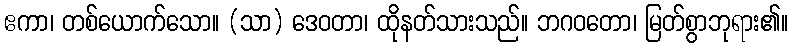
ဧကာ၊ တစ်ယောက်သော။ (သာ) ဒေဝတာ၊ ထိုနတ်သားသည်။ ဘဂဝတော၊ မြတ်စွာဘုရား၏။